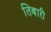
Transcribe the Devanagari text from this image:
तिबारी